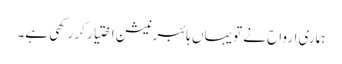
ہماری ارواح نے تو یہاں ہائبرنیشن اختیار کر رکھی ہے۔